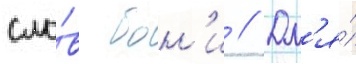
сло́в бон'и // Дл'я́